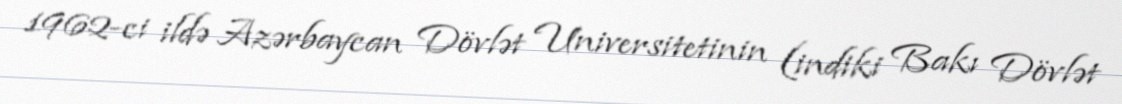
1962-ci ildə Azərbaycan Dövlət Universitetinin (indiki Bakı Dövlət